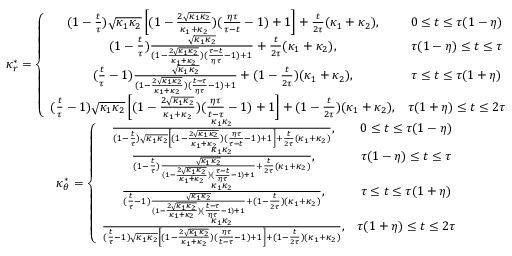
\begin{array} { c c } { \kappa _ { r } ^ { * } = \left\lbrace \begin{array} { c c } { ( 1 - \frac { t } { \tau } ) \sqrt { \kappa _ { 1 } \kappa _ { 2 } } \left[ ( 1 - \frac { 2 \sqrt { \kappa _ { 1 } \kappa _ { 2 } } } { \kappa _ { 1 } + \kappa _ { 2 } } ) ( \frac { \eta \tau } { \tau - t } - 1 ) + 1 \right] + \frac { t } { 2 \tau } ( \kappa _ { 1 } + \kappa _ { 2 } ) , } & { 0 \le t \le \tau ( 1 - \eta ) } \\ { ( 1 - \frac { t } { \tau } ) \frac { \sqrt { \kappa _ { 1 } \kappa _ { 2 } } } { ( 1 - \frac { 2 \sqrt { \kappa _ { 1 } \kappa _ { 2 } } } { \kappa _ { 1 } + \kappa _ { 2 } } ) ( \frac { \tau - t } { \eta \tau } - 1 ) + 1 } + \frac { t } { 2 \tau } ( \kappa _ { 1 } + \kappa _ { 2 } ) , } & { \tau ( 1 - \eta ) \le t \le \tau } \\ { ( \frac { t } { \tau } - 1 ) \frac { \sqrt { \kappa _ { 1 } \kappa _ { 2 } } } { ( 1 - \frac { 2 \sqrt { \kappa _ { 1 } \kappa _ { 2 } } } { \kappa _ { 1 } + \kappa _ { 2 } } ) ( \frac { t - \tau } { \eta \tau } - 1 ) + 1 } + ( 1 - \frac { t } { 2 \tau } ) ( \kappa _ { 1 } + \kappa _ { 2 } ) , } & { \tau \le t \le \tau ( 1 + \eta ) } \\ { ( \frac { t } { \tau } - 1 ) \sqrt { \kappa _ { 1 } \kappa _ { 2 } } \left[ ( 1 - \frac { 2 \sqrt { \kappa _ { 1 } \kappa _ { 2 } } } { \kappa _ { 1 } + \kappa _ { 2 } } ) ( \frac { \eta \tau } { t - \tau } - 1 ) + 1 \right] + ( 1 - \frac { t } { 2 \tau } ) ( \kappa _ { 1 } + \kappa _ { 2 } ) , } & { \tau ( 1 + \eta ) \le t \le 2 \tau } \end{array} \right. } \\ { \kappa _ { \theta } ^ { * } = \left\lbrace \begin{array} { c c } { \frac { \kappa _ { 1 } \kappa _ { 2 } } { ( 1 - \frac { t } { \tau } ) \sqrt { \kappa _ { 1 } \kappa _ { 2 } } \left[ ( 1 - \frac { 2 \sqrt { \kappa _ { 1 } \kappa _ { 2 } } } { \kappa _ { 1 } + \kappa _ { 2 } } ) ( \frac { \eta \tau } { \tau - t } - 1 ) + 1 \right] + \frac { t } { 2 \tau } ( \kappa _ { 1 } + \kappa _ { 2 } ) } , } & { 0 \le t \le \tau ( 1 - \eta ) } \\ { \frac { \kappa _ { 1 } \kappa _ { 2 } } { ( 1 - \frac { t } { \tau } ) \frac { \sqrt { \kappa _ { 1 } \kappa _ { 2 } } } { ( 1 - \frac { 2 \sqrt { \kappa _ { 1 } \kappa _ { 2 } } } { \kappa _ { 1 } + \kappa _ { 2 } } ) ( \frac { \tau - t } { \eta \tau } - 1 ) + 1 } + \frac { t } { 2 \tau } ( \kappa _ { 1 } + \kappa _ { 2 } ) } , } & { \tau ( 1 - \eta ) \le t \le \tau } \\ { \frac { \kappa _ { 1 } \kappa _ { 2 } } { ( \frac { t } { \tau } - 1 ) \frac { \sqrt { \kappa _ { 1 } \kappa _ { 2 } } } { ( 1 - \frac { 2 \sqrt { \kappa _ { 1 } \kappa _ { 2 } } } { \kappa _ { 1 } + \kappa _ { 2 } } ) ( \frac { t - \tau } { \eta \tau } - 1 ) + 1 } + ( 1 - \frac { t } { 2 \tau } ) ( \kappa _ { 1 } + \kappa _ { 2 } ) } , } & { \tau \le t \le \tau ( 1 + \eta ) } \\ { \frac { \kappa _ { 1 } \kappa _ { 2 } } { ( \frac { t } { \tau } - 1 ) \sqrt { \kappa _ { 1 } \kappa _ { 2 } } \left[ ( 1 - \frac { 2 \sqrt { \kappa _ { 1 } \kappa _ { 2 } } } { \kappa _ { 1 } + \kappa _ { 2 } } ) ( \frac { \eta \tau } { t - \tau } - 1 ) + 1 \right] + ( 1 - \frac { t } { 2 \tau } ) ( \kappa _ { 1 } + \kappa _ { 2 } ) } , } & { \tau ( 1 + \eta ) \le t \le 2 \tau } \end{array} \right. } \end{array}